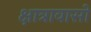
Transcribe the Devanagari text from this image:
क्षात्रावासों